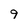
Character: 9